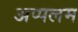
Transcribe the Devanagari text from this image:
अप्पलम